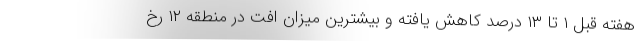
هفته قبل ۱ تا ۱۳ درصد کاهش یافته و بیشترین میزان افت در منطقه ۱۲ رخ